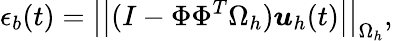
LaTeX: \epsilon_{b}(t)=\left|\left|(I-\Phi\Phi^{T}\Omega_{h})\boldsymbol{u}_{h}(t)\right|\right|_{\Omega_{h}},